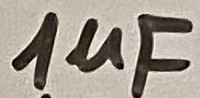
Text: 1uF